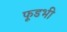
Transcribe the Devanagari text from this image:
फूडभी